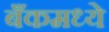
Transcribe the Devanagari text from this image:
बँकमध्ये